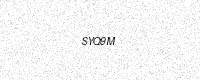
Text: SYQ9M